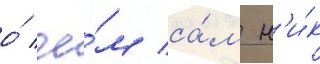
о́ че́м са́м н'и́к